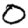
Digit: 0